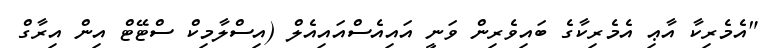
"އެމެރިކާ އާޢި އެމެރިކާގެ ބައިވެރިން ވަނީ އައިއެސްއައިއެލް (އިސްލާމިކް ސްޓޭޓް އިން އިރާގް